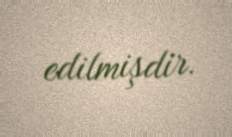
edilmişdir.